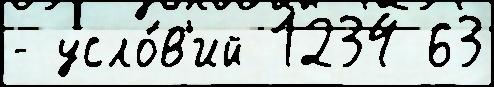
- усло́в'ий 1234 63